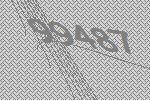
99487